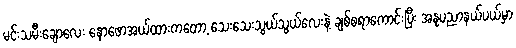
မင်းသမီးချောလေး နောဖောအယ်ထားကတော့ သေးသေးသွယ်သွယ်လေးနဲ့ ချစ်စရာကောင်းပြီး အနုပညာနယ်ပယ်မှာ